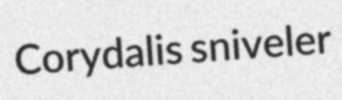
Corydalis sniveler